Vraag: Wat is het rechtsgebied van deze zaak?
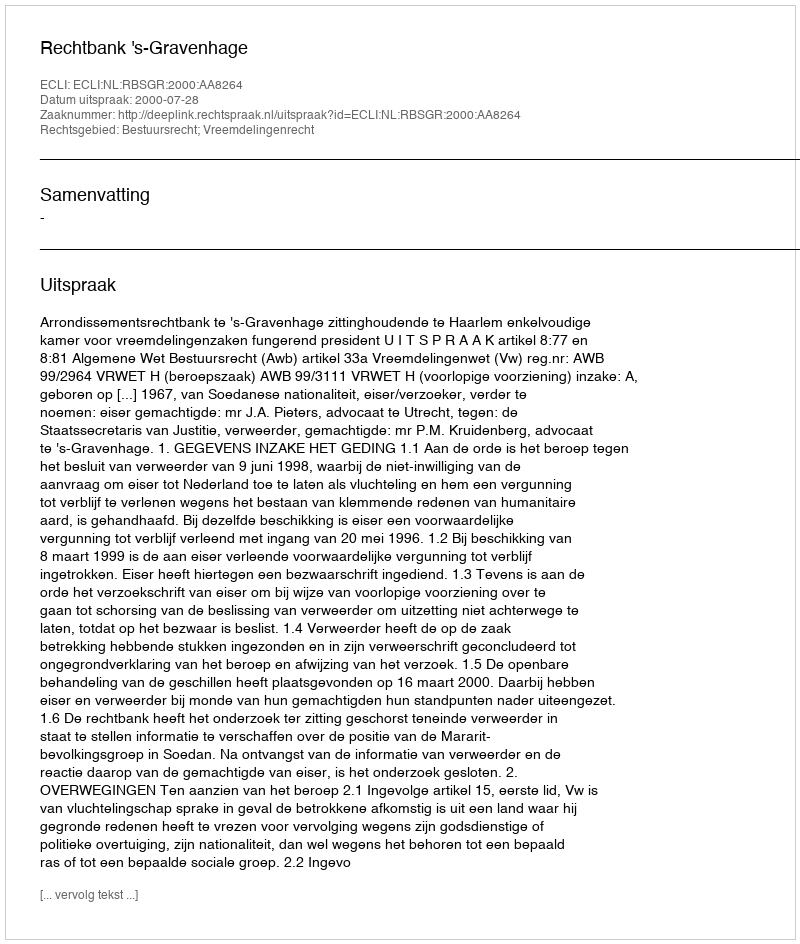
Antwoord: Bestuursrecht; Vreemdelingenrecht